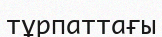
тұрпаттағы